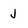
Character: J